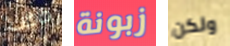
خاطب زبونة ولكن